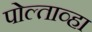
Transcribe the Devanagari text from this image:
पोल्ताव्हा